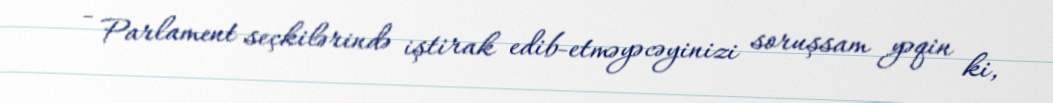
- Parlament seçkilərində iştirak edib-etməyəcəyinizi soruşsam yəqin ki,